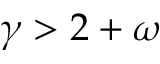
\gamma > 2 + \omega